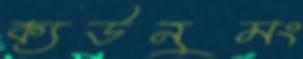
ক্যউনুমং